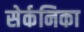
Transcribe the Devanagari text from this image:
सेर्कनिका